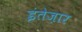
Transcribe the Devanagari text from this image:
इंतेज़ार